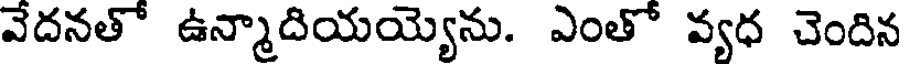
వేదనతో ఉన్మాదియయ్యెను. ఎంతో వ్యధ చెందిన